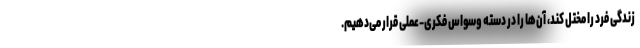
زندگی فرد را مختل کند، آن‌ها را در دسته وسواس فکری-عملی قرار می‌دهیم.